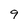
Character: 9